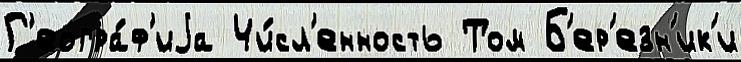
Г'еогра́ф'иjа Чи́сл'енность Том Б'ер'езн'ик'и